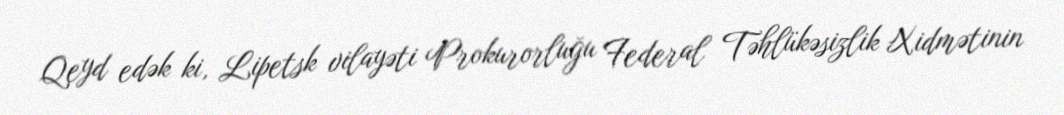
Qeyd edək ki, Lipetsk vilayəti Prokurorluğu Federal Təhlükəsizlik Xidmətinin